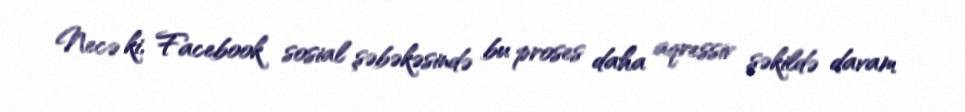
Necə ki, Facebook sosial şəbəkəsində bu proses daha aqressiv şəkildə davam